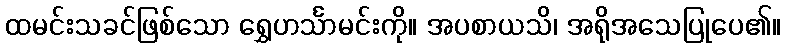
ထမင်းသခင်ဖြစ်သော ရွှေဟင်္သာမင်းကို။ အပစာယသိ၊ အရိုအသေပြုပေ၏။